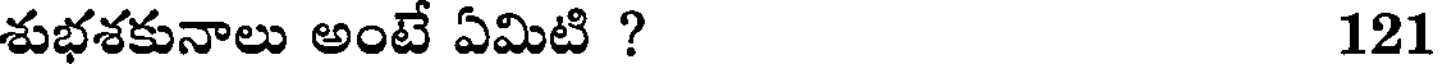
శుభశకునాలు అంటే ఏమిటి ? 121